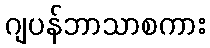
ဂျပန်ဘာသာစကား